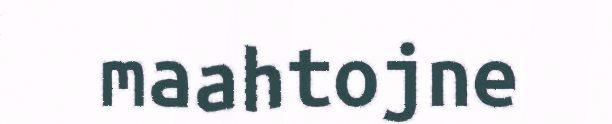
maahtojne